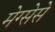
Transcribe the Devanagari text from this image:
मेग्सेसे